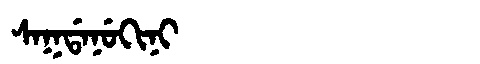
Manchu: ᠰᠠᡴᡩᠠᠨᡠᡴᡳᠨᡳ
Romanization: SAKDANUKINI